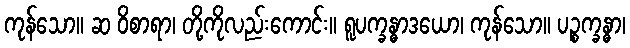
ကုန်သော။ ဆ ဝိစာရာ၊ တို့ကိုလည်းကောင်း။ ရူပက္ခန္ဓာဒယော၊ ကုန်သော။ ပဉ္စက္ခန္ဓာ၊